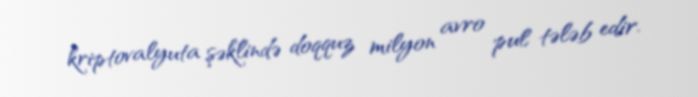
kriptovalyuta şəklində doqquz milyon avro pul tələb edir.